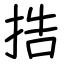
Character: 捁